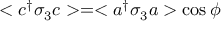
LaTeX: < c ^ { \dag } \sigma _ { 3 } c > = < a ^ { \dag } \sigma _ { 3 } a > \cos \phi